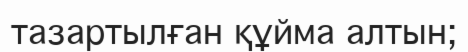
тазартылған құйма алтын;